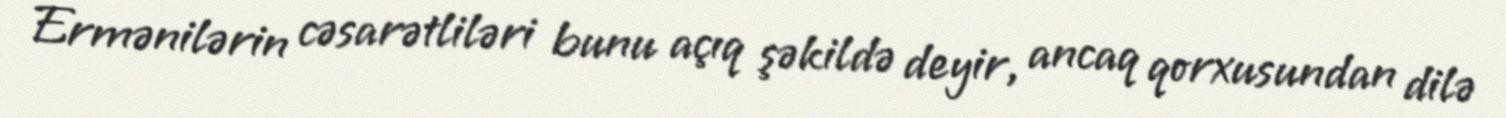
Ermənilərin cəsarətliləri bunu açıq şəkildə deyir, ancaq qorxusundan dilə